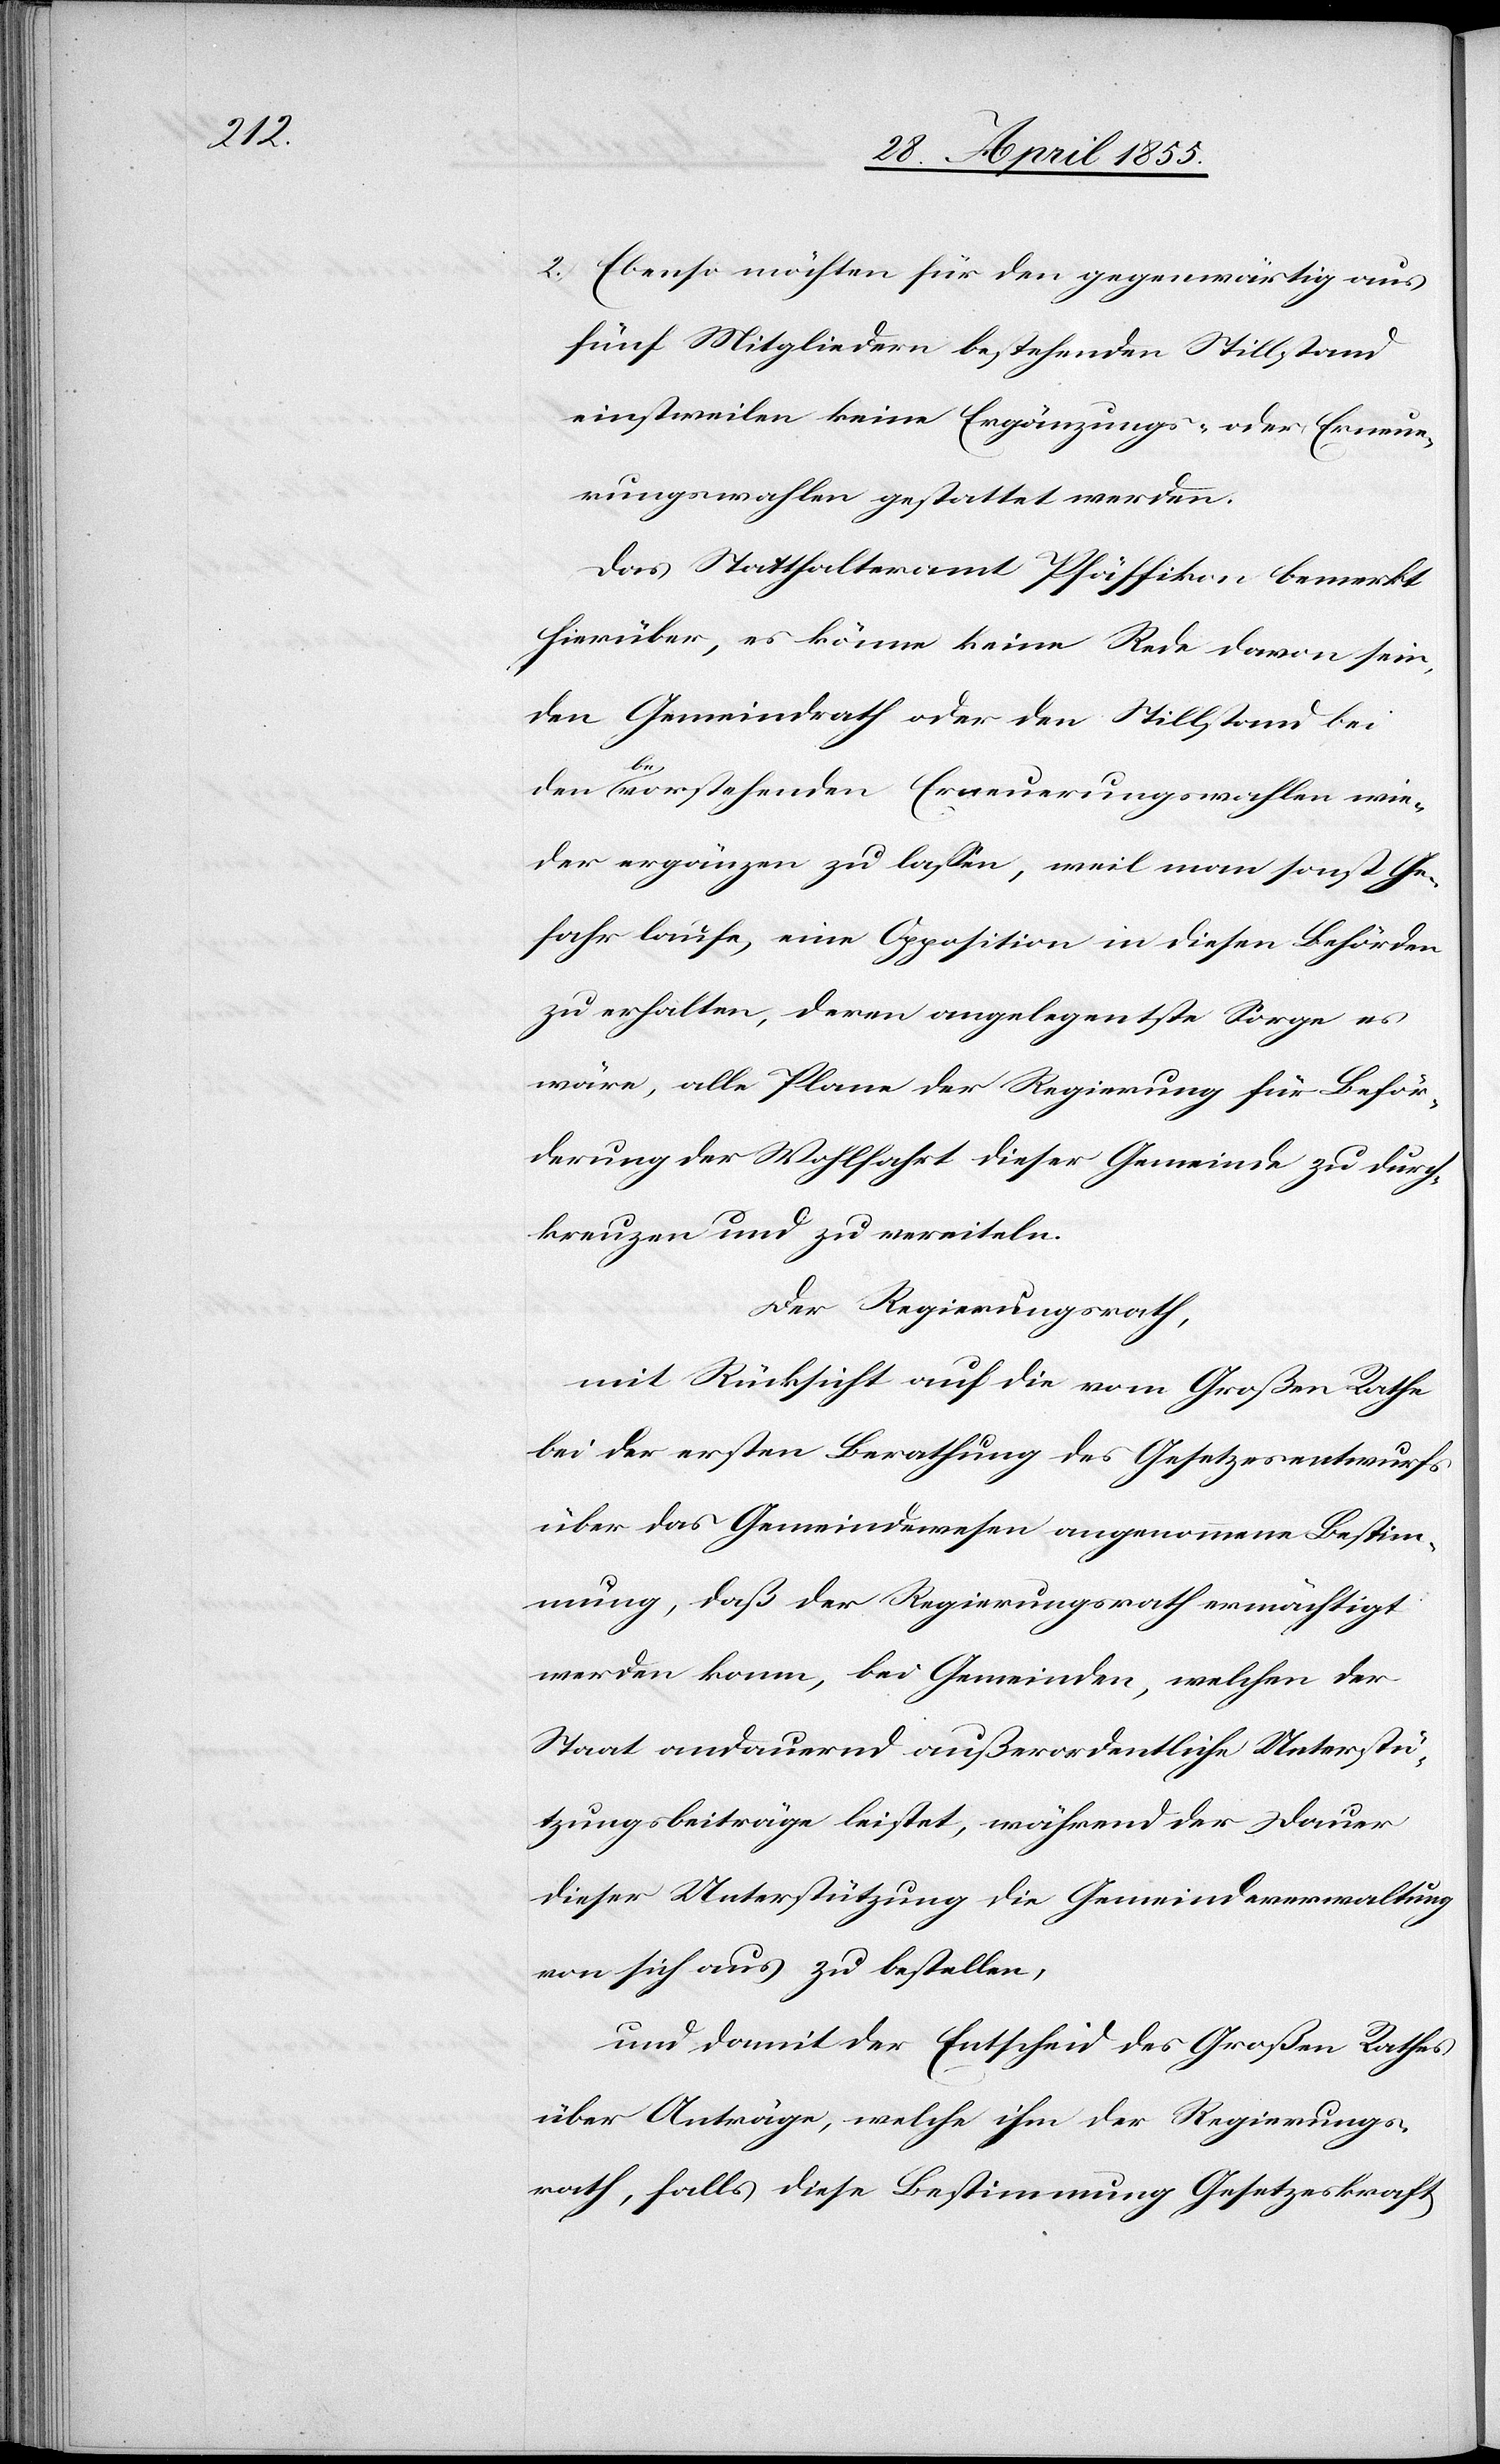
2.)

Ebenso möchten für den gegenwärtig aus
fünf Mitgliedern bestehenden Stillstand
einstweilen keine Ergänzungs- oder Erneue¬
rungswahlen gestattet werden.
Das Statthalteramt Pfäffikon bemerkt
hierüber, es könne keine Rede davon sein,
den Gemeindrath oder den Stillstand bei
den bevorstehenden Erneuerungswahlen wie¬
der ergänzen zu lassen, weil man sonst Ge¬
fahr laufe, eine Opposition in diesen Behörden
zu erhalten, deren angelegentste Sorge es
wäre, alle Plane der Regierung für Beför¬
derung der Wohlfahrt dieser Gemeinde zu durch¬
kreuzen und zu vereiteln.
Der Regierungsrath,
mit Rücksicht auf die vom Großen Rathe
bei der ersten Berathung des Gesetzesentwurfs
über das Gemeindewesen angenommene Bestim¬
mung, daß der Regierungsrath ermächtigt
werden kann, bei Gemeinden, welchen der
Staat andauernd außerordentliche Unterstü¬
tzungsbeiträge leistet, während der Dauer
dieser Unterstützung die Gemeindeverwaltung
von sich aus zu bestellen,
und damit der Entscheid des Großen Rathes
über Anträge, welche ihm der Regierungs¬
rath, falls diese Bestimmung Gesetzeskraft